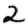
Digit: 2